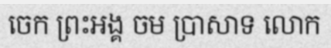
ចេក ព្រះអង្គ ចម ប្រាសាទ លោក